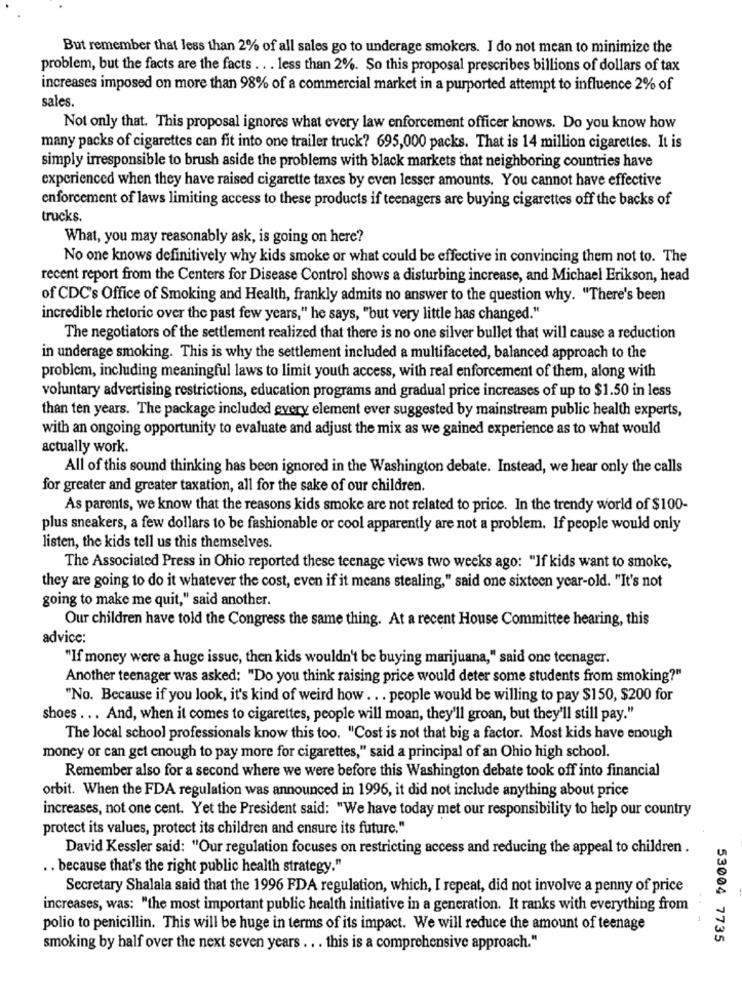
But remember that less than 2% of all sales go to underage smokers. I do not mean to minimize the
problem, but the facts are the facts .. . less than 2%. So this proposal prescribes billions of dollars of tax
increases imposed on more than 98% of a commercial market in a purported attempt to influence 2% of
sales.
Not only that. This proposal ignores what every law enforcement officer knows. Do you know how
many packs of cigarettes can fit into one trailer truck? 695,000 packs. That is 14 million cigarettes. It is
simply irresponsible to brush aside the problems with black markets that neighboring countries have
experienced when they have raised cigarette taxes by even lesser amounts. You cannot have effective
enforcement of laws limiting access to these products if teenagers are buying cigarettes off the backs of
trucks.
What, you may reasonably ask, is going on here?
No one knows definitively why kids smoke or what could be effective in convincing them not to. The
recent report from the Centers for Disease Control shows a disturbing increase, and Michael Erikson, head
of CDC's Office of Smoking and Health, frankly admits no answer to the question why. "There's been
incredible rhetoric over the past few years," he says, "but very little has changed."
The negotiators of the settlement realized that there is no one silver bullet that will cause a reduction
in underage smoking. This is why the settlement included a multifaceted, balanced approach to the
problem, including meaningful laws to limit youth access, with real enforcement of them, along with
voluntary advertising restrictions, education programs and gradual price increases of up to $1.50 in less
than ten years. The package included every element ever suggested by mainstream public health experts,
with an ongoing opportunity to evaluate and adjust the mix as we gained experience as to what would
actually work.
All of this sound thinking has been ignored in the Washington debate. Instead, we hear only the calls
for greater and greater taxation, all for the sake of our children.
As parents, we know that the reasons kids smoke are not related to price. In the trendy world of $100-
plus sneakers, a few dollars to be fashionable or cool apparently are not a problem. If people would only
listen, the kids tell us this themselves.
The Associated Press in Ohio reported these teenage views two weeks ago: "If kids want to smoke,
they are going to do it whatever the cost, even if it means stealing," said one sixteen year-old. "It's not
going to make me quit," said another.
Our children have told the Congress the same thing. At a recent House Committee hearing, this
advice:
"If money were a huge issue, then kids wouldn't be buying marijuana," said one teenager.
Another teenager was asked: "Do you think raising price would deter some students from smoking?"
"No. Because if you look, it's kind of weird how . . . people would be willing to pay $150, $200 for
shoes ... And, when it comes to cigarettes, people will moan, they'll groan, but they'll still pay."
The local school professionals know this too. "Cost is not that big a factor. Most kids have enough
money or can get enough to pay more for cigarettes," said a principal of an Ohio high school.
Remember also for a second where we were before this Washington debate took off into financial
orbit. When the FDA regulation was announced in 1996, it did not include anything about price
increases, not one cent. Yet the President said: "We have today met our responsibility to help our country
protect its values, protect its children and ensure its future."
David Kessler said: "Our regulation focuses on restricting access and reducing the appeal to children .
.. because that's the right public health strategy."
Secretary Shalala said that the 1996 FDA regulation, which, I repeat, did not involve a penny of price
increases, was: "the most important public health initiative in a generation. It ranks with everything from
polio to penicillin. This will be huge in terms of its impact. We will reduce the amount of teenage
53004 7735
smoking by half over the next seven years .. . this is a comprehensive approach."